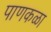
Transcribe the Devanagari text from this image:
पाणकळा